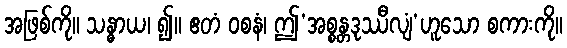
အဖြစ်ကို။ သန္ဓာယ၊ ၍။ ဧတံ ဝစနံ၊ ဤ’အစ္စန္တဒုဿီလျံ’ဟူသော စကားကို။